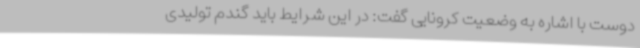
دوست با اشاره به وضعیت کرونایی گفت: در این شرایط باید گندم تولیدی